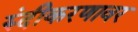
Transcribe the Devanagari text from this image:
रुंदीकरणावर